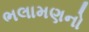
ભલામણનો